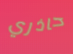
حاذري